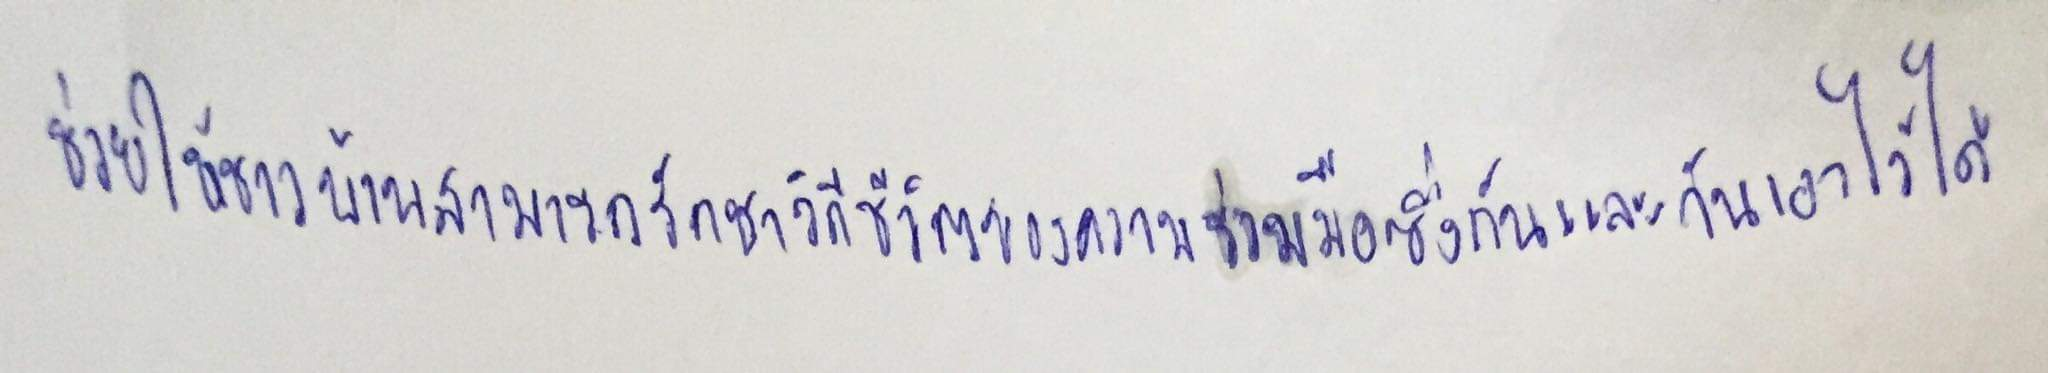
ช่วยให้ชาวบ้านสามารถรักษาวิถีชีวิตของความร่วมมือซึ่งกันและกันเอาไว้ได้